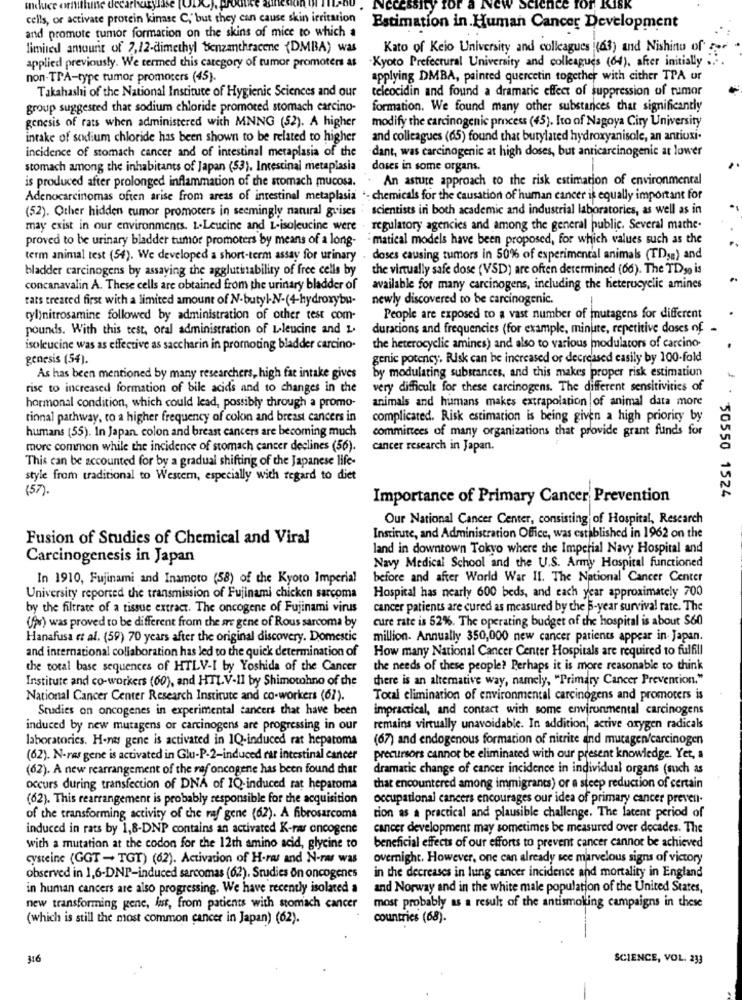
cells, or activate protein kinase C, but they can cause skin irritation
and promote tumor formation on the skins of mice to which a
Estimation in. Human Cancer Development
limited amount of 7,12-dimethyl benzanthracene {DMBA) was
Kato of Keio University and colleagues (63) and Nishino of
Kyoto Prefectural University and colleagues (64). after initially .
applied previously. We termed this category of tumor promoters as
non-TTA-type tumor promoters (45).
applying DMBA, painted quercetin together with either TPA or
Takahashi of the National Institute of Hygienic Sciences and our
teleocidin and found a dramatic effect of suppression of rumor
group suggested that sodium chloride promoted stomach carcino-
formation. We found many other substances chat significantly
modify the carcinogenic process (45). Ito of Nagoya Ciry University
genesis of rats when administered with MNNG (52). A higher
intake of sodium chloride has been shown to be related to higher
and colleagues (65) found that butylated hydroxyanisole, an antioxi.
dant, was carcinogenic at high doses, but anticarcinogenic at lower
incidence of stomach cancer and of intestinal metaplasia of the
stomach among the inhabitants of Japan (53). Intestinal metaplasia
doses in some organs.
An astute approach to the risk estimation of environmental
is produced after prolonged inflammation of the stomach mucosa.
Adenocarcinomas often arise from areas of intestinal metaplasia .- chemicals for the causation of human cancer is equally important for
(52). Other hidden tumor promoters in seemingly natural guises : scientists in both academic and industrial laboratories, as well as in
may exist in our environments. L-Leucine and L-isoleucine were . regulatory agencies and among the general public. Several mathe-
proved to be urinary bladder tumor promoters by means of a long-
"matical models have been proposed, for which values such as the
term animal test (54). We developed a short-term assay for urinary . doses causing tumors in 50% of experimental animals (TD; ) and
bladder carcinogens by assaying the agglutinability of free cells by
the virtually safe dose (VSD) are often determined (66). The TDs0 is
concanavalin A. These cells are obtained from the urinary bladder of
available for many carcinogens, including the heterocyclic amines
rats treated first with a limited amount of N-butyl-N-(4-hydroxybu-
newly discovered to be carcinogenic.
-
tyl)nitrosamine followed by administration of other test com-
People are exposed to a vast number of mutagens for different
pounds. With this test, oral administration of Leleucine and L.
duracions and frequencies (for example, minute, repetitive doses of
isoleucine was as effective as saccharin in promoting bladder carcino-
the heterocyclic amines) and also to various modulators of carcino-
genesis (54).
genic potency. Risk can be increased or decreased casily by 100-fold
by modulating substances, and this makes proper risk estimation
As has been mentioned by many researchers, high fat intake gives
rise to increased formation of bile acids and to changes in the
very difficult for these carcinogens. The different sensitivities of
animals and humans makes extrapolation of animal data more
hormonal condition, which could lead, possibly through a promo-
rinnal pathway, to a higher frequency of colon and breast cancers in
complicated. Risk estimation is being given a high priority by
humans (55). In Japan, colon and breast cancers are becoming much
committees of many organizations that provide grant funds for
more common while the incidence of stomach cancer declines (56).
cancer research in Japan.
This can be accounted for by a gradual shifting of the Japanese life-
style from traditional to Westem, especially with regard to diet
(57).
Importance of Primary Cancer Prevention
50550 1524
Our National Cancer Center, consisting of Hospital, Research
Fusion of Studies of Chemical and Viral
Institute, and Administration Office, was established in 1962 on the
land in downtown Tokyo where the Imperial Navy Hospital and
Carcinogenesis in Japan
Navy Medical School and the U.S. Army Hospital functioned
In 1910, Fujinami and Inamoto (58) of the Kyoto Imperial
before and after World War II. The National Cancer Center
Hospital has nearly 600 beds, and each year approximately 700
University reported the transmission of Fujinami chicken sarcoma
by the filtrate of a tissue extract. The oncogene of Fujinami virus
cancer patients are cured as measured by the 5-year survival rate. The
(fr) was proved to be different from the are gene of Rous sarcoma by
cure rate is 52%. The operating budget of the hospital is about $60
Hanafusa et al. (59) 70 years after the original discovery. Domestic
million. Annually 350,000 new cancer patients appear in Japan.
and international collaboration has led to the quick determination of
How many National Cancer Center Hospitals are required to fulfill
the total base sequences of HTLV-I by Yoshida of the Cancer
the needs of these people? Perhaps it is more reasonable to think
Institute and co-workers (60), and HTLV-1] by Shimotohno of the
there is an alternative way, namely, "Primary Cancer Prevention."
National Cancer Center Research Institute and co-workers (67).
Total elimination of environmental carcinogens and promoters is
Studies on oncogenes in experimental cancers that have been
impractical, and contact with some environmental carcinogens
induced by new mutagens or carcinogens are progressing in our
remains virtually unavoidable. In addition, active oxygen radicals
laboratorics. H-nas gene is activated in IQ-induced rat hepatoma
(67) and endogenous formation of nitrite and mutagen/carcinogen
(62). N-ras gene is activated in Glu-P-2-induced rat intestinal cancer
precursors cannot be eliminated with our present knowledge. Yet, a
(62). A new rearrangement of the raf oncogene has been found that
dramatic change of cancer incidence in individual organs (such as
occurs during transfection of DNA of IQ-induced rat heparoma
that encountered among immigrants) or a steep reduction of certain
(62). This rearrangement is probably responsible for the acquisition
occupational cancers encourages our idea of primary cancer preven-
of the transforming activity of the raf gene (62). A fibrosarcoma
tion as a practical and plausible challenge, The latent period of
induced in rats by 1,8-DNP contains an activated K-rar oncogene
cancer development may sometimes be measured over decades. The
with a mutation at the codon for the 12th amino acid, glycine to
beneficial effects of our efforts to prevent cancer cannot be achieved
cysteine (GGT - TGT) (62). Activation of H-ras and N-ras was
overnight. However, one can already see marvelous signs of victory
in the decreases in lung cancer incidence and mortality in England
observed in 1,6-DNP-induced sarcomas (62). Studies ön oncogenes
in human cancers are also progressing. We have recently isolated a
and Norway and in the white male population of the United States,
new transforming gene, list, from patients with stomach cancer
most probably as a result of the antismolling campaigns in these
(which is still the most common cancer in Japan) (62).
countries (68).
316
SCIENCE, VOL. 233